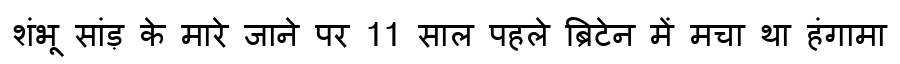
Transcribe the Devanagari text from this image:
शंभू सांड़ के मारे जाने पर 11 साल पहले ब्रिटेन में मचा था हंगामा